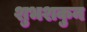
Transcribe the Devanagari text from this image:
शुभशकुन